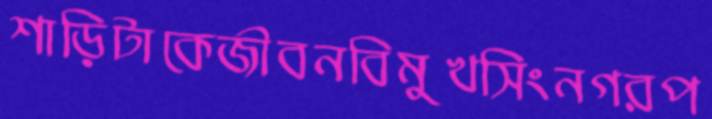
শাড়িটাকেজীবনবিমুখসিংনগরপ